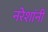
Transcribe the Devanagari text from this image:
नरेशांनी